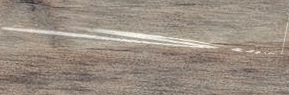
Super Mart